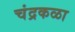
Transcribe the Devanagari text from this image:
चंद्रकळा